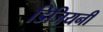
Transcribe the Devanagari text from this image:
डिजियनी